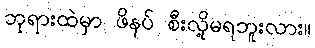
ဘုရားထဲမှာ ဖိနပ် စီးလို့မရဘူးလား။